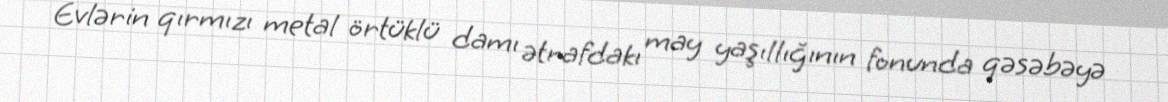
Evlərin qırmızı metal örtüklü damı ətrafdakı may yaşıllığının fonunda qəsəbəyə